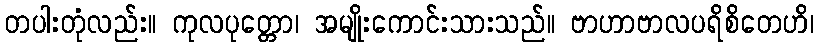
တပါးတုံလည်း။ ကုလပုတ္တော၊ အမျိုးကောင်းသားသည်။ ဗာဟာဗာလပရိစိတေဟိ၊